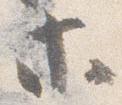
等